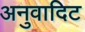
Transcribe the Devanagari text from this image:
अनुवादिट